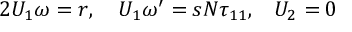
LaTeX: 2 { U _ { 1 } \omega } = r , \quad { U _ { 1 } } { \omega ^ { \prime } } = s { N } { \tau _ { 1 1 } , } \quad { U _ { 2 } } = { 0 }